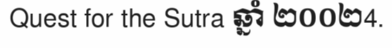
Quest for the Sutra ឆ្នាំ ២០០២4.